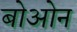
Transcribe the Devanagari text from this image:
बोओन